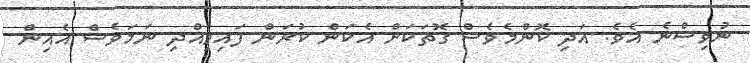
ނުވިސްނެ އެވެ. އަދި ކޮންމެވެސް ގޮތަކަށް އެކަން ކުރަން ފައިވިއްދި ނަމަވެސް އެއިން